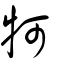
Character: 牱